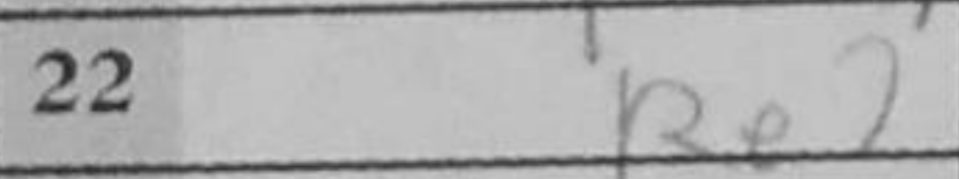
Transcription: Re2